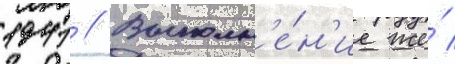
1941 // Выполн'е́н'ие же́